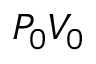
P _ { 0 } V _ { 0 }